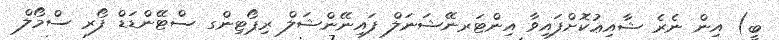
ބީ) އިން ނެރެ ޝާއިޢުކޮށްފައިވާ އިންޓަރނޭޝަނަލް ފައިނޭންޝަލް ރިޕޯޓިންގ ސްޓޭންޑަޑް ފޯރ ސްމޯލް